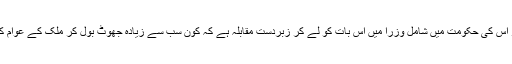
بھارتیہ جنتا پورٹی اور اس کی حکومت میں شامل وزرأ میں اس بات کو لے کر زبردست مقابلہ ہے کہ کون سب سے زیادہ جھوٹ بول کر ملک کے عوام کو بیوقوف بنا سکتا ہے۔